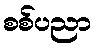
စစ်ပညာ